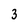
Character: 3